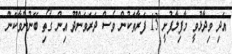
އަދި ވިދާޅުވީ މާފިލާފުށީ 13 ފަރާތަކުން ވެސް ދަރަވަންދޫ އިން ގޯތި ބޭނުންވާކަން